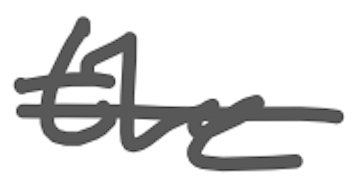
Text: the
Cross-out: single-line
Writing tool: digital_gray